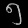
Digit: ၅